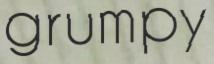
grumpy